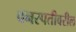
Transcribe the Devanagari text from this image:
वनस्पतीवरील